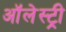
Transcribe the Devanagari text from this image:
ऑलेस्ट्री